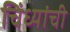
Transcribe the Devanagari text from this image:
चिंध्यांची